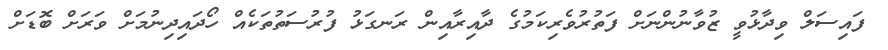
ފައިސަލް ވިދާޅުވީ ޒުވާނުންނަށް ފަތުރުވެރިކަމުގެ ދާއިރާއިން ރަނގަޅު ފުރުސަތުތަކެއް ހޯދައިދިނުމަށް ވަރަށް ބޮޑަށް